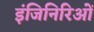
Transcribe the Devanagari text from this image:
इंजिनिरिओं